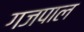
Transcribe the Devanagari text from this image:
गजपाल